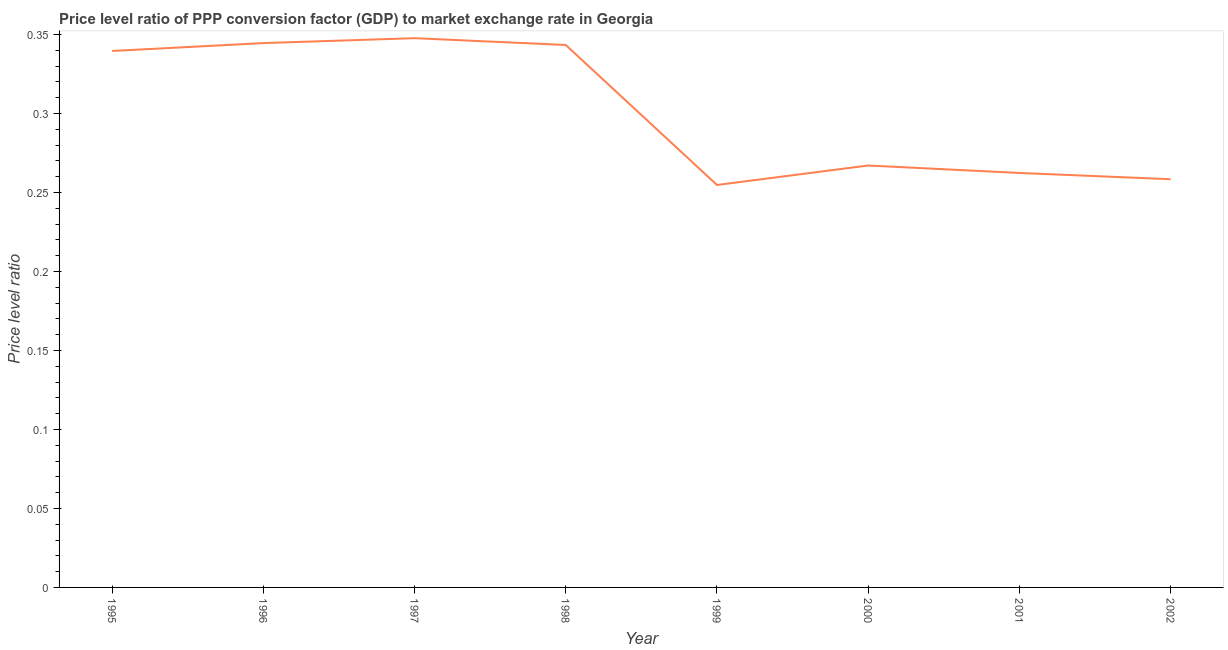
| Year | Price level ratio |
 | --- | --- |
 | 1995 | 0.34 |
 | 1996 | 0.345 |
 | 1997 | 0.348 |
 | 1998 | 0.343 |
 | 1999 | 0.255 |
 | 2000 | 0.267 |
 | 2001 | 0.262 |
 | 2002 | 0.258 |